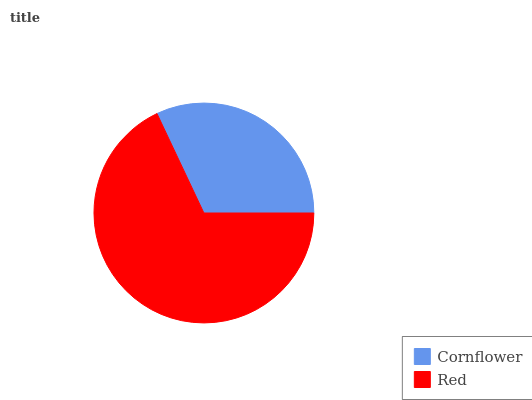
| Cornflower | Red |
 | --- | --- |
 | 32% | 68% |